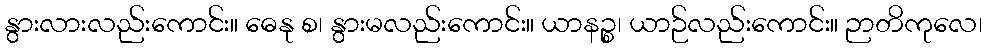
နွားလားလည်းကောင်း။ ဓေနု စ၊ နွားမလည်းကောင်း။ ယာနဉ္စ၊ ယာဉ်လည်းကောင်း။ ဉာတိကုလေ၊